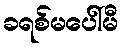
ခရစ်မပေါ်မီ